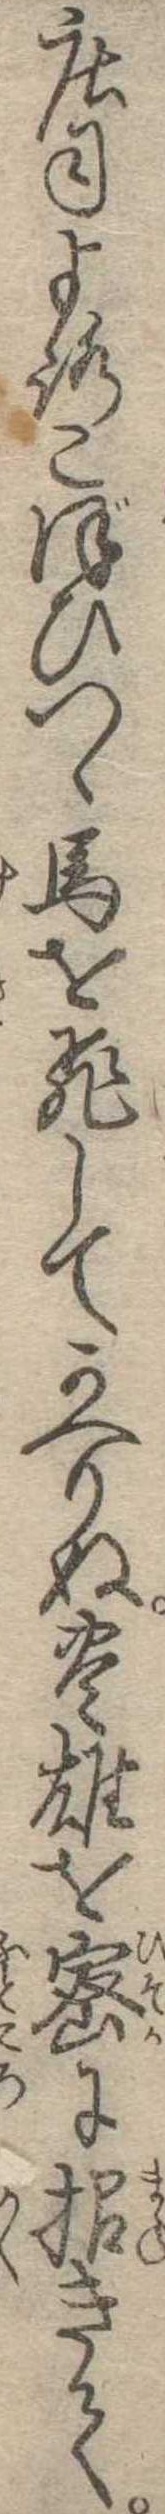
荘司よろこぼひつゝ馬を飛してかへりぬ豊雄を密に招きて